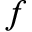
f